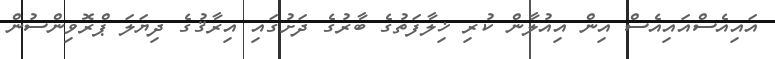
އައިއެސްއައިއެސް އިން އިއުލާން ކުރި ޚިލާފަތުގެ ބާރުގެ ދަށުގައި އިރާޤުގެ ދިޔަލަ ޕްރޮވިންސުން